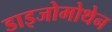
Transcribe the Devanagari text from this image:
डाइजोमोथेन